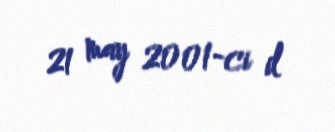
21 may 2001-ci il